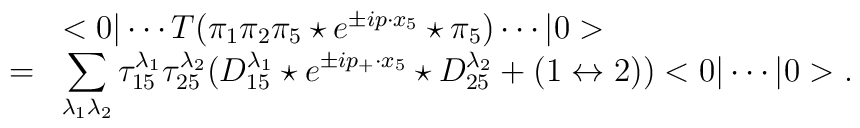
\begin{array}{rl}&<0|\cdots T(\pi_1\pi_2\pi_5\star e^{\pm ip\cdot x_5}\star\pi_5)\cdots|0>\\ =&\displaystyle \sum_{\lambda_1\lambda_2}\tau_{15}^{\lambda_1}\tau_{25}^{\lambda_2}(D_{15}^{\lambda_1}\star e^{\pm ip_+\cdot x_5}\star D_{25}^{\lambda_2}+(1\leftrightarrow 2))<0|\cdots|0>.\end{array}